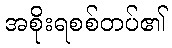
အစိုးရစစ်တပ်၏